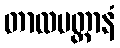
တာလပတ္တာနံ